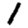
Digit: 1